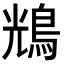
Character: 𪀯